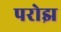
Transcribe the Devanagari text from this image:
परोझ